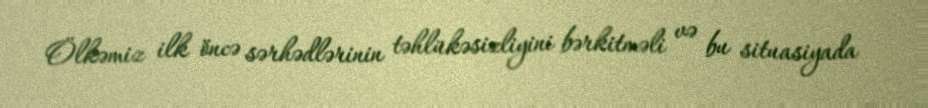
Ölkəmiz ilk öncə sərhədlərinin təhlükəsizliyini bərkitməli və bu situasiyada